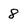
Character: 8